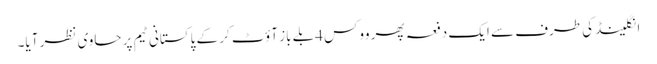
انگلینڈ کی طرف سے ایک دفعہ پھر ووکس 4بلے باز آؤٹ کر کے پاکستانی ٹیم پر حاوی نظر آیا۔